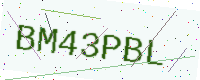
Text: BM43PBL